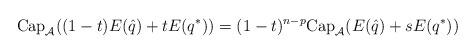
LaTeX: \begin{align*} \mbox{Cap}_{\mathcal{A}} ( (1-t) E ( \hat q ) + t E ( q^* )) = (1- t)^{n-p} \mbox{Cap}_{\mathcal{A}} ( E ( \hat q ) + s E ( q^* ) ) \end{align*}